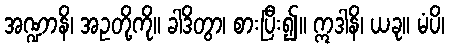
အဏ္ဍာနိ၊ အဥတို့ကို။ ခါဒိတွာ၊ စားပြီး၍။ ဣဒါနိ၊ ယခု။ မံပိ၊